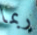
ربما